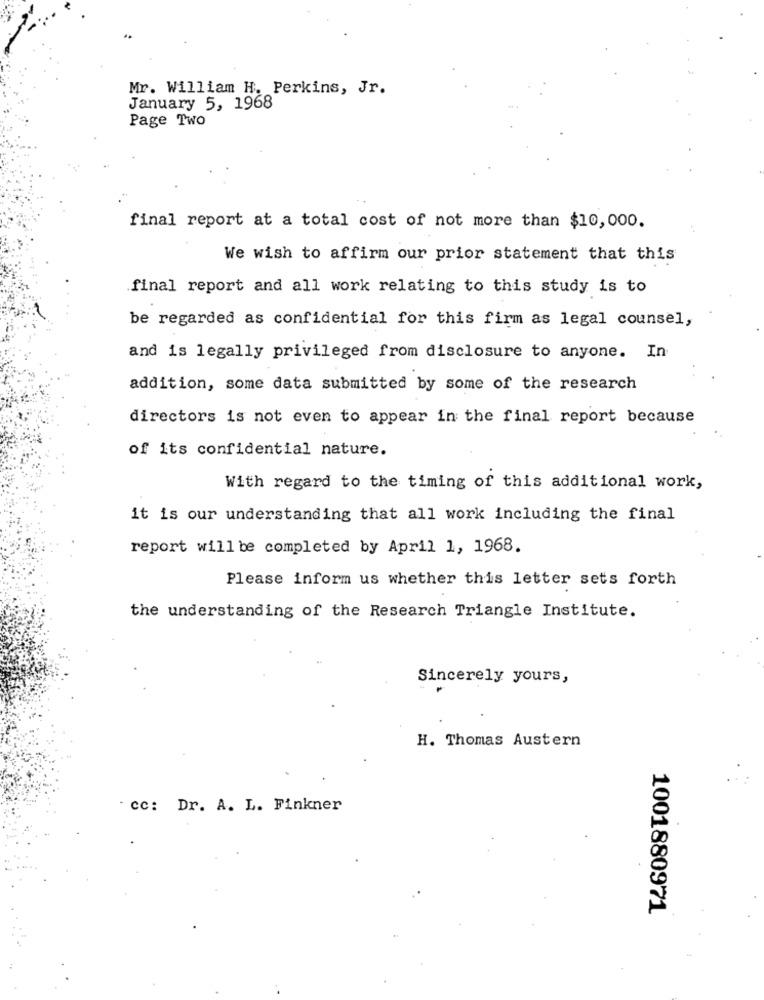
Mr. William H. Perkins, Jr.
January 5, 1968
Page Two
final report at a total cost of not more than $10,000.
We wish to affirm our prior statement that this
final report and all work relating to this study is to
be regarded as confidential for this firm as legal counsel,
and is legally privileged from disclosure to anyone. In
addition, some data submitted by some of the research
directors is not even to appear in the final report because
of its confidential nature.
With regard to the timing of this additional work,
it is our understanding that all work including the final
report will be completed by April 1, 1968.
Please inform us whether this letter sets forth
the understanding of the Research Triangle Institute.
Sincerely yours,
H. Thomas Austern
. cc: Dr. A. L. Finkner
1001880971